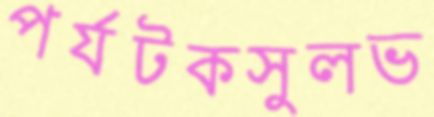
পর্যটকসুলভ